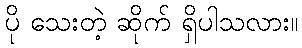
ပို သေးတဲ့ ဆိုက် ရှိပါသလား။